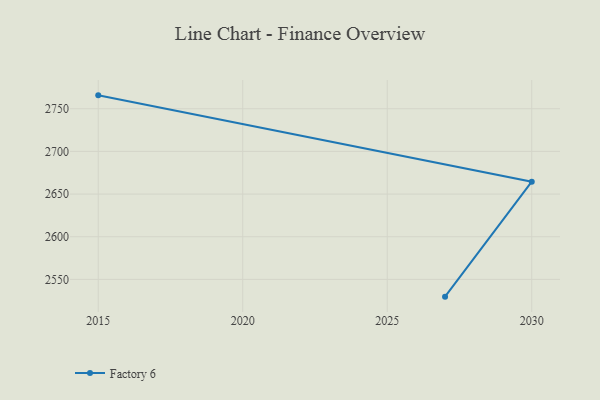
{"axis": {"x": "Year", "y": "Production Output"}, "legend": ["Factory 6"], "data": [{"x": "2015", "y": 2765.7, "type": "Factory 6"}, {"x": "2030", "y": 2664.5, "type": "Factory 6"}, {"x": "2027", "y": 2529.8, "type": "Factory 6"}]}